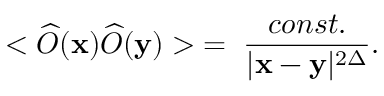
< \widehat { \cal O } ( { \bf x } ) \widehat { \cal O } ( { \bf y } ) > \; = \; \frac { c o n s t . } { | { \bf x } - { \bf y } | ^ { 2 \Delta } } .